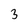
Character: 3